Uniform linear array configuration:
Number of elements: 4
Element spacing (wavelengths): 0.25
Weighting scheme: binomial
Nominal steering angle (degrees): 30
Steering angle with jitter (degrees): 31.532
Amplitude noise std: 0.05
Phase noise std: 0.05

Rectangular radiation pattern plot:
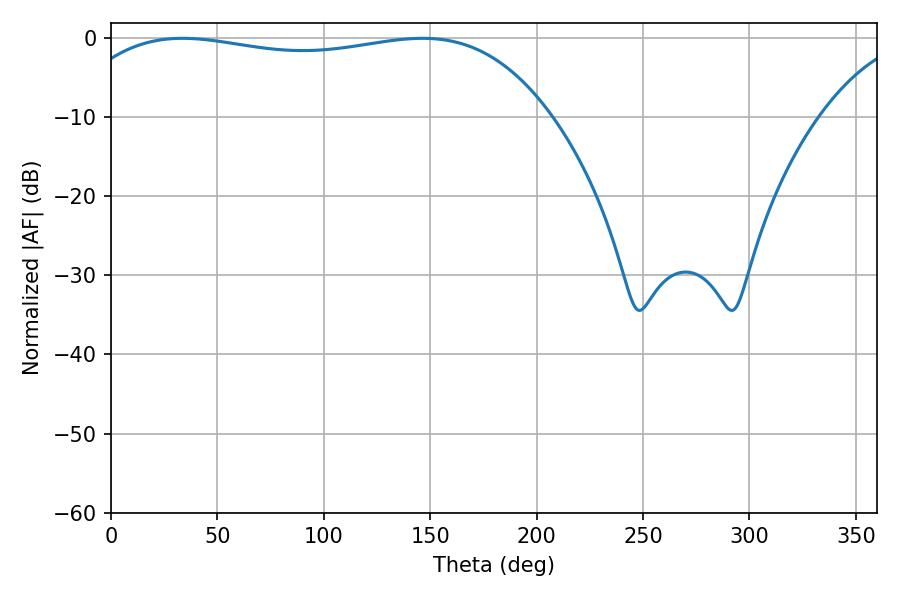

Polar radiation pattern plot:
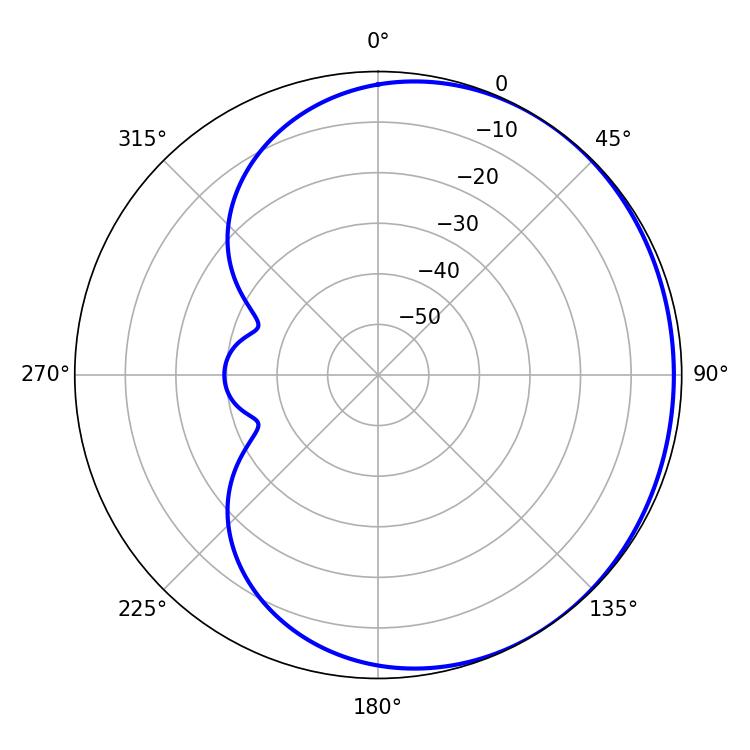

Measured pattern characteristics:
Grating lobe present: FALSE
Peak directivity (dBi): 0.9586
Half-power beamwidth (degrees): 182.52
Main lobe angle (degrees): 33.66